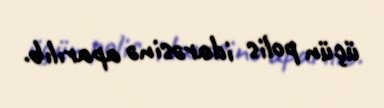
üçün polis idarəsinə aparılıb.